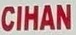
CIHAN